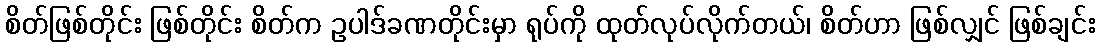
စိတ်ဖြစ်တိုင်း ဖြစ်တိုင်း စိတ်က ဥပါဒ်ခဏတိုင်းမှာ ရုပ်ကို ထုတ်လုပ်လိုက်တယ်၊ စိတ်ဟာ ဖြစ်လျှင် ဖြစ်ချင်း